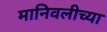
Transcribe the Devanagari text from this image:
मानिवलीच्या